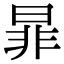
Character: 暃